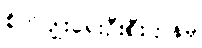
စိုက်ပျိုးရေးဦးစီးဌာနမှ